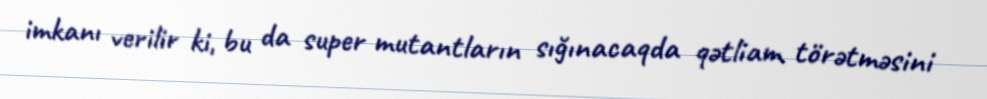
imkanı verilir ki, bu da super mutantların sığınacaqda qətliam törətməsini